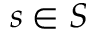
s \in S